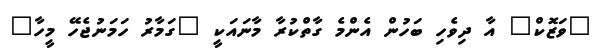
"ވަޒޮކް" އާ ދިވެހި ބަހުން އެންމެ ގާތްކުރާ މާނައަކީ "ގަމާރު ހަމަނުޖެހޭ މީހާ"